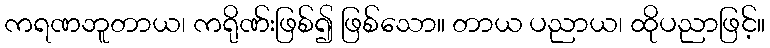
ကရဏဘူတာယ၊ ကရိုဏ်းဖြစ်၍ ဖြစ်သော။ တာယ ပညာယ၊ ထိုပညာဖြင့်။